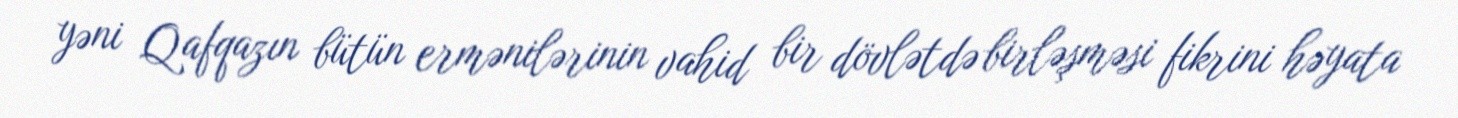
yəni Qafqazın bütün ermənilərinin vahid bir dövlətdə birləşməsi fikrini həyata